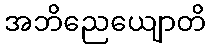
အဘိညေယျောတိ